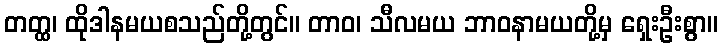
တတ္ထ၊ ထိုဒါနမယစသည်တို့တွင်။ တာဝ၊ သီလမယ ဘာဝနာမယတို့မှ ရှေးဦးစွာ။